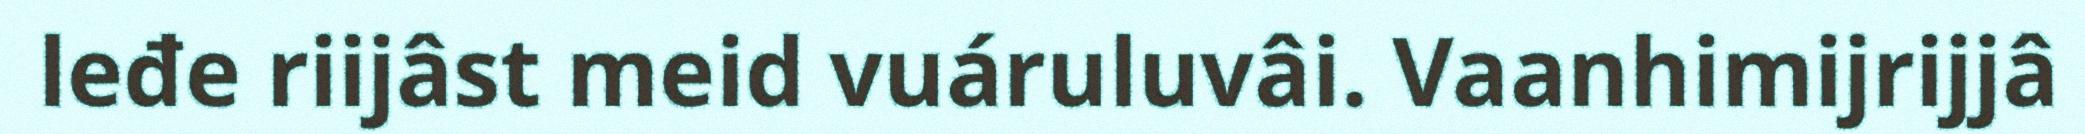
leđe riijâst meid vuáruluvâi. Vaanhimijrijjâ